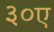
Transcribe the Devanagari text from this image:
३०ए